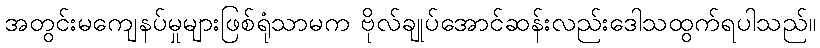
အတွင်းမကျေနပ်မှုများဖြစ်ရုံသာမက ဗိုလ်ချုပ်အောင်ဆန်းလည်းဒေါသထွက်ရပါသည်။